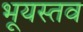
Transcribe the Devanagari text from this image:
भूयस्तव